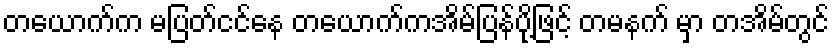
တယောက်က မပြတ်ငင်နေ တယောက်ကအိမ်ပြန်ပို့ဖြင့် တမနက် မှာ တအိမ်တွင်